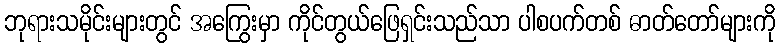
ဘုရားသမိုင်းများတွင် အကြွေးမှာ ကိုင်တွယ်ဖြေရှင်းသည်သာ ပါစပက်တစ် ဓာတ်တော်များကို